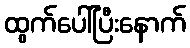
ထွက်ပေါ်ပြီးနောက်